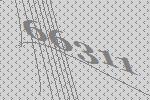
66311